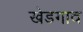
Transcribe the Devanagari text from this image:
खेडगाव